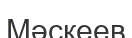
Мәскеев